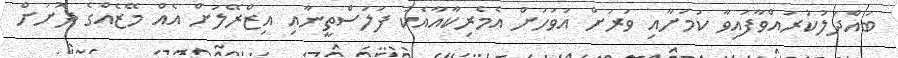
ބައްދަލުކުރައްވާފައިވާ ކަމަށާއި ވަރަށް އަވަހަށް އެމެރިކާއާއެކު ފަލަސްތީނާއި އިޒްރޭލަށް އެއް މޭޒެއްގެ ދޮށަށް